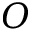
\boldsymbol { O }